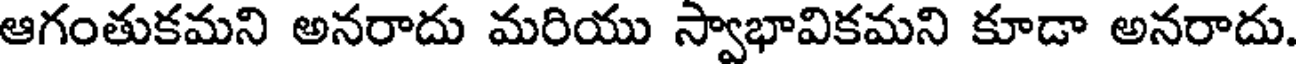
ఆగంతుకమని అనరాదు మరియు స్వాభావికమని కూడా అనరాదు.